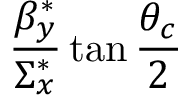
\frac { \beta _ { y } ^ { * } } { \Sigma _ { x } ^ { * } } \tan \frac { \theta _ { c } } { 2 }